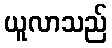
ယူလာသည်